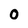
Character: 0